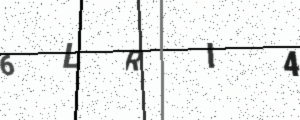
Text: 6LRI4